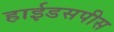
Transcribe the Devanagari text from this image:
हाईडसपीस